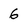
Character: 6